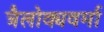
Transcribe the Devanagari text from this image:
त्रैलोक्यवर्मा